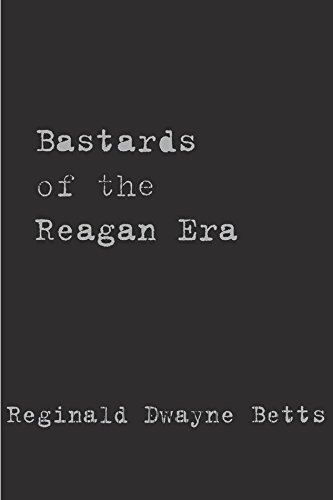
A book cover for Bastards of the Reagan Era (Stahlecker Selections); Reginald Dwayne Betts; Literature & Fiction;